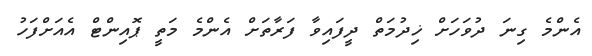
އެންމެ ގިނަ ދުވަހަށް ޚިދުމަތް ދީފައިވާ ފަރާތަށް އެންމެ މަތީ ޕޮއިންޓް އެއަށްފަހު